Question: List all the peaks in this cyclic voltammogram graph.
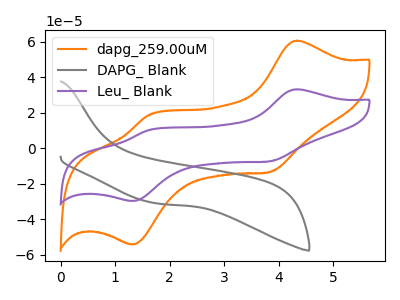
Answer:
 <answer>The orange curve "dapg_259.00uM" has anodic peaks at (4.35V, 60.75uA) (1.60V, 18.75uA) and cathodic peaks at (3.85V, -13.40uA) (1.30V, -54.30uA). The gray curve "DAPG_ Blank" has no peaks. The purple curve "Leu_ Blank" has anodic peaks at (4.35V, 33.30uA) (1.60V, 10.25uA) and cathodic peaks at (3.85V, -7.35uA) (1.30V, -29.75uA).</answer>
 <eval></eval>